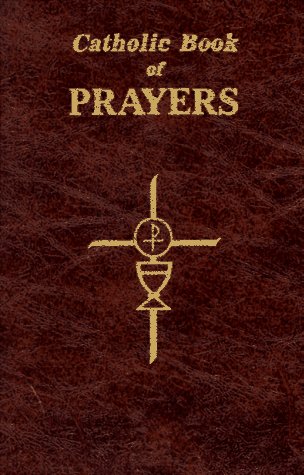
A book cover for Catholic Book of Prayers: Popular Catholic Prayers Arranged for Everyday Use; Christian Books & Bibles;